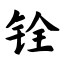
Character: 铨